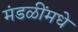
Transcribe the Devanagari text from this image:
मंडळींमधे